Civil Veterinary Department Bengal reports 1923-33 - 1923-1933
Year: 1923
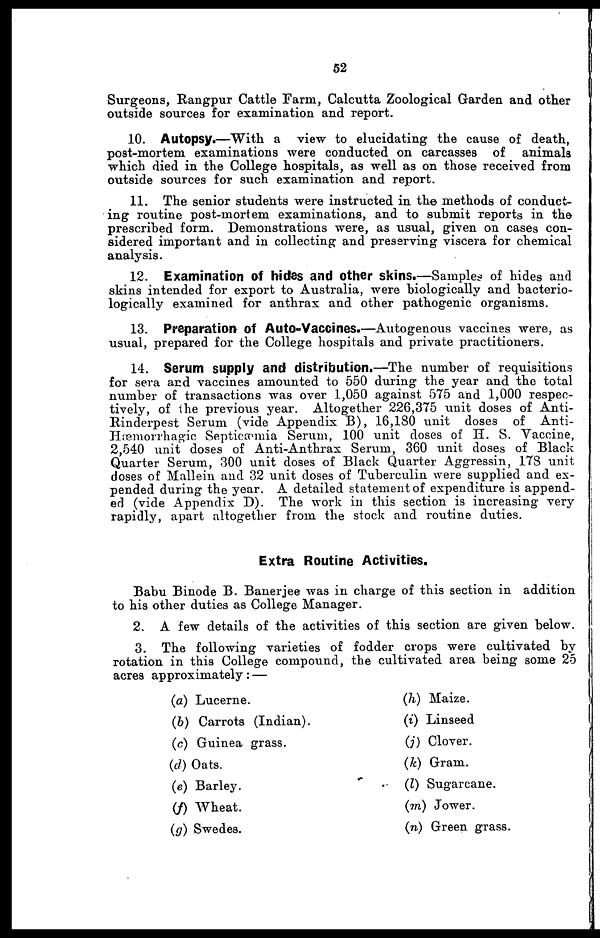
52
Surgeons, Rangpur Cattle Farm, Calcutta Zoological Garden and other
outside sources for examination and report.
10. Autopsy.—With a view to elucidating the cause of death,
post-mortem examinations were conducted on carcasses of animals
which died in the College hospitals, as well as on those received from
outside sources for such examination and report.
11. The senior students were instructed in the methods of conduct-
ing routine post-mortem examinations, and to submit reports in the
prescribed form. Demonstrations were, as usual, given on cases con-
sidered important and in collecting and preserving viscera for chemical
analysis.
12. Examination of hides and other skins.—Samples of hides and
skins intended for export to Australia, were biologically and bacterio-
logically examined for anthrax and other pathogenic organisms.
13. Preparation of Auto-Vaccines.—Autogenous vaccines were, as
usual, prepared for the College hospitals and private practitioners.
14. Serum supply and distribution.—The number of requisitions
for sera and vaccines amounted to 550 during the year and the total
number of transactions was over 1,050 against 575 and 1,000 respec-
tively, of the previous year. Altogether 226,375 unit doses of Anti-
Rinderpest Serum (vide Appendix B), 16,180 unit doses of Anti-
Hæmorrhagic Septicæmia Serum, 100 unit doses of H. S. Vaccine,
2,540 unit doses of Anti-Anthrax Serum, 360 unit doses of Black
Quarter Serum, 300 unit doses of Black Quarter Aggressin, 178 unit
doses of Mallein and 32 unit doses of Tuberculin were supplied and ex-
pended during the year. A detailed statement of expenditure is append-
ed (vide Appendix D). The work in this section is increasing very
rapidly, apart altogether from the stock and routine duties.
Extra Routine Activities.
Babu Binode B. Banerjee was in charge of this section in addition
to his other duties as College Manager.
2. A few details of the activities of this section are given below.
3. The following varieties of fodder crops were cultivated by
rotation in this College compound, the cultivated area being some 25
acres approximately:—
(a) Lucerne.
(6) Carrots (Indian).
(c) Guinea grass.
(d) Oats.
(e) Barley.
(f) Wheat.
(g) Swedes.
(h) Maize.
(i) Linseed
(j) Clover.
(k) Gram.
(l) Sugarcane.
(m) Jower.
(n) Green grass.